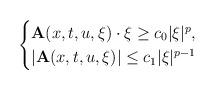
LaTeX: \begin{align*}\begin{cases}\mathbf{A}(x,t,u,\xi) \cdot \xi \geq c_0 |\xi|^p, \\\left|\mathbf{A}(x,t,u,\xi)\right|\leq c_1|\xi|^{p-1}\end{cases}\end{align*}